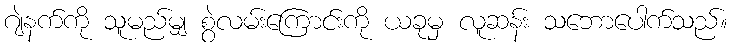
ဂျဲနက်ကို သူမည်မျှ စွဲလမ်းကြောင်းကို ယခုမှ လူဆန်း သဘောပေါက်သည်။